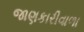
જાણકારીવાળા